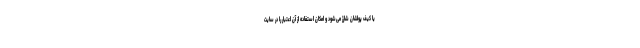
یا کیف پولشان شارژ می‌شود و امکان استفاده از آن اعتبار را در سایت